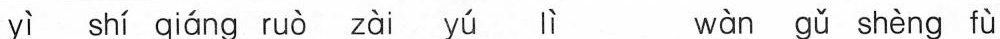
yì shí qiáng ruò zài yú lì wàn gǔ shèng fù 理|。i考答案